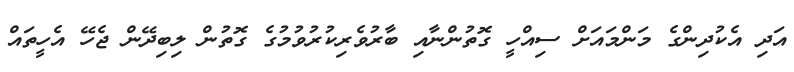
އަދި އެކުދިންގެ މަންމައަށް ސިއްހީ ގޮތުންނާއި ބާރުވެރިކުރުވުމުގެ ގޮތުން ލިބިދޭން ޖެހޭ އެހީތައް